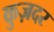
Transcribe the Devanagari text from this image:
कुज़दर